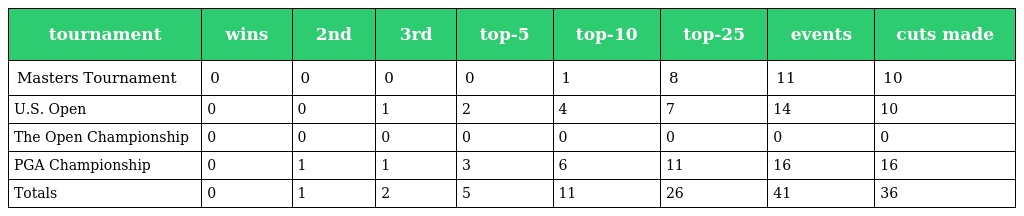
| tournament | wins | 2nd | 3rd | top-5 | top-10 | top-25 | events | cuts made |
 | --- | --- | --- | --- | --- | --- | --- | --- | --- |
 | Masters Tournament | 0 | 0 | 0 | 0 | 1 | 8 | 11 | 10 |
 | U.S. Open | 0 | 0 | 1 | 2 | 4 | 7 | 14 | 10 |
 | The Open Championship | 0 | 0 | 0 | 0 | 0 | 0 | 0 | 0 |
 | PGA Championship | 0 | 1 | 1 | 3 | 6 | 11 | 16 | 16 |
 | Totals | 0 | 1 | 2 | 5 | 11 | 26 | 41 | 36 |